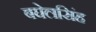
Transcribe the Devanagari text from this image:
बघेलसिंह